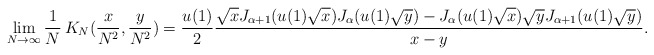
\begin{align*}\lim_{N\rightarrow\infty} \frac1N\, K_N(\frac{x}{N^2}, \frac{y}{N^2})=\frac{u(1)}{2} \frac{\sqrt{x} J_{\alpha+1} ( u(1)\sqrt{x} ) J_\alpha ( u(1)\sqrt{y} )-J_\alpha ( u(1)\sqrt{x} ) \sqrt{y} J_{\alpha+1} ( u(1)\sqrt{y} )}{x-y} .\end{align*}